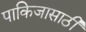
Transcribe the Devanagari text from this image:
पाकिजासाठी